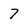
Character: 7